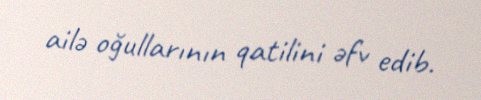
ailə oğullarının qatilini əfv edib.